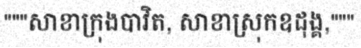
"""សាខាក្រុងបាវិត, សាខាស្រុកឧដុង្គ,"""